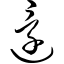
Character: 还